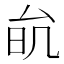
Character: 𠫮